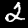
Label: 2